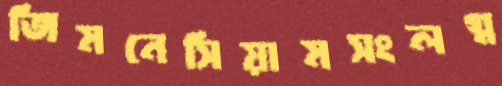
জিমনেসিয়ামসংলগ্ন